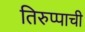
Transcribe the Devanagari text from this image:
तिरुप्पाची